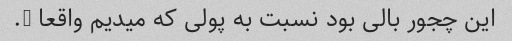
این چجور بالی بود نسبت به پولی که میدیم واقعا ….